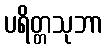
ပရိတ္တသုဘာ